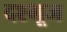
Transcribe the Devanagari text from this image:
दश्भूज